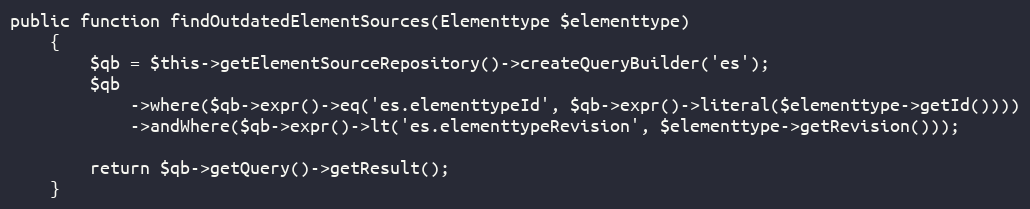
Language: PHP
public function findOutdatedElementSources(Elementtype $elementtype)
    {
        $qb = $this->getElementSourceRepository()->createQueryBuilder('es');
        $qb
            ->where($qb->expr()->eq('es.elementtypeId', $qb->expr()->literal($elementtype->getId())))
            ->andWhere($qb->expr()->lt('es.elementtypeRevision', $elementtype->getRevision()));

        return $qb->getQuery()->getResult();
    }